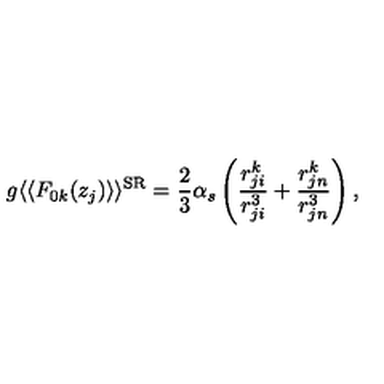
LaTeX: g \langle \langle F _ { 0 k } ( z _ { j } ) \rangle \rangle ^ { \mathrm { S R } } = \frac { 2 } { 3 } \alpha _ { s } \left( \frac { r _ { j i } ^ { k } } { r _ { j i } ^ { 3 } } + \frac { r _ { j n } ^ { k } } { r _ { j n } ^ { 3 } } \right) ,